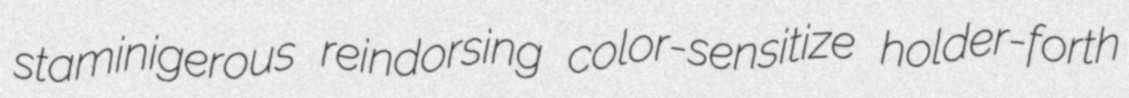
staminigerous reindorsing color-sensitize holder-forth